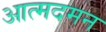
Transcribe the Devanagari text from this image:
आत्मदमन